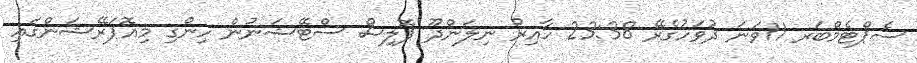
ސެޕްޓެމްބަރ 11ވަނަ ދުވަހުގެރޭ 23:38 ހާއިރު ނިލަންދޫ ޕޮލިސް ސްޓޭޝަނުން ހިންގި މިއޮޕަރޭޝަންގައި